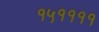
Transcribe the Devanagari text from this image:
१५११११